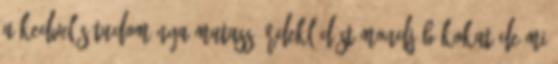
A kedvelés tudománya Mutass érdeklődést Mondj bókokat De mi